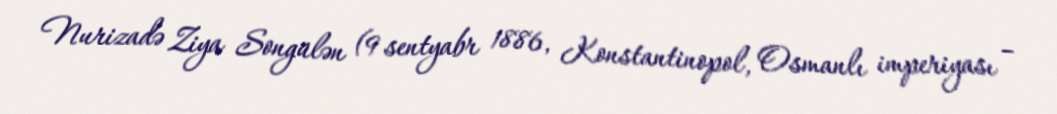
Nurizadə Ziya Songülən (9 sentyabr 1886, Konstantinopol, Osmanlı imperiyası –